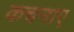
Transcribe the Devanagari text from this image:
कचनाए